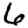
Digit: 6